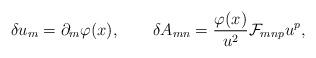
LaTeX: \begin{align*}\delta u_m=\partial_m\varphi(x), \qquad\delta A_{mn}={{\varphi(x)}\over{u^2}}{\cal F}_{mnp}u^p,\end{align*}